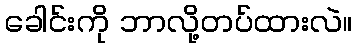
ခေါင်းကို ဘာလို့တပ်ထားလဲ။